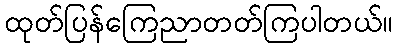
ထုတ်ပြန်ကြေညာတတ်ကြပါတယ်။